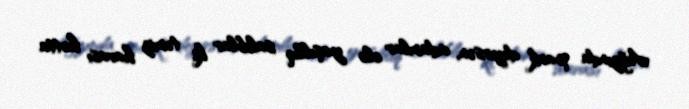
Ağzında park deyirsən, adamlar elə yaşıllıq salıblar ki, təmiz havası hətta